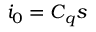
i _ { 0 } = C _ { q } s